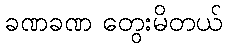
ခဏခဏ တွေးမိတယ်